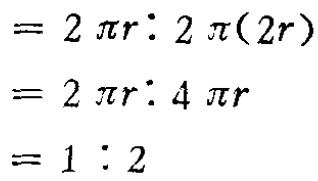
\begin{align*}
&= 2\pi r:2\pi(2r)\\
&= 2\pi r:4\pi r\\
&= 1:2
\end{align*}